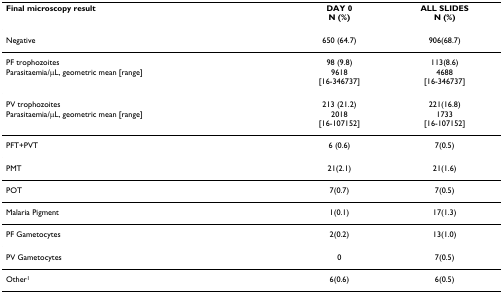
| Final microscopy result | DAY 0N (%) | ALL SLIDESN (%) |
 | --- | --- | --- |
 | Negative | 650 (64.7) | 906(68.7) |
 | PF trophozoites | 98 (9.8) | 113(8.6) |
 | Parasitaemia/μL, geometric mean [range] | 9618[16-346737] | 4688[16-346737] |
 | PV trophozoites | 213 (21.2) | 221(16.8) |
 | Parasitaemia/μL, geometric mean [range] | 2018[16-107152] | 1733[16-107152] |
 | PFT+PVT | 6 (0.6) | 7(0.5) |
 | PMT | 21(2.1) | 21(1.6) |
 | POT | 7(0.7) | 7(0.5) |
 | Malaria Pigment | 1(0.1) | 17(1.3) |
 | PF Gametocytes | 2(0.2) | 13(1.0) |
 | PV Gametocytes | 0 | 7(0.5) |
 | Other1 | 6(0.6) | 6(0.5) |